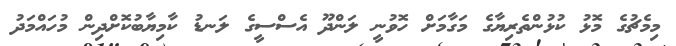
މިމެޗުގެ މޮޅު ކުޅުންތެރިޔާގެ މަގާމަށް ހޮވުނީ ލަންދޫ އެސްސީގެ ލަނޑު ކާމިޔާބުކޮށްދިން މުހައްމަދު